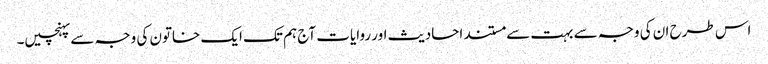
اس طرح ان کی وجہ سے بہت سے مستند احادیث اور روایات آج ہم تک ایک خاتون کی وجہ سے پہنچیں۔